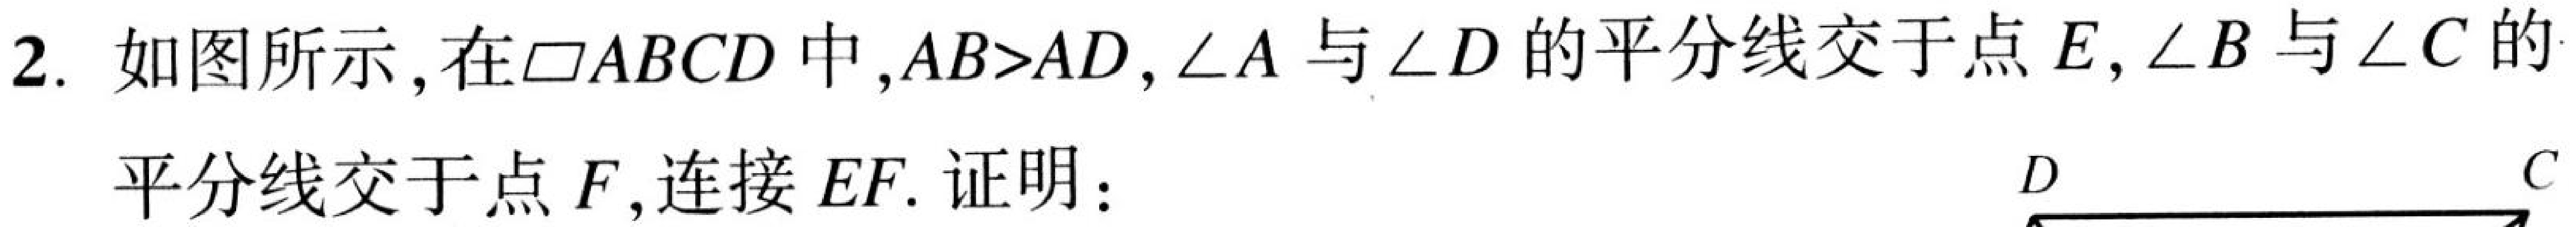
2. 如图所示，在$\square ABCD$中，$AB > AD$，$\angle A$与$\angle D$的平分线交于点$E$，$\angle B$与$\angle C$的平分线交于点$F$，连接$EF$. 证明：